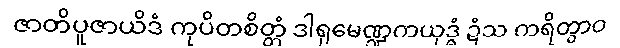
ဇာတိပူဇာယိဒံ ကုပိတစိတ္တံ ဒါရုမေဏ္ဍကယုဒ္ဓံ ဍံသ ကရိတွာဝ